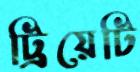
ট্রিয়েটি